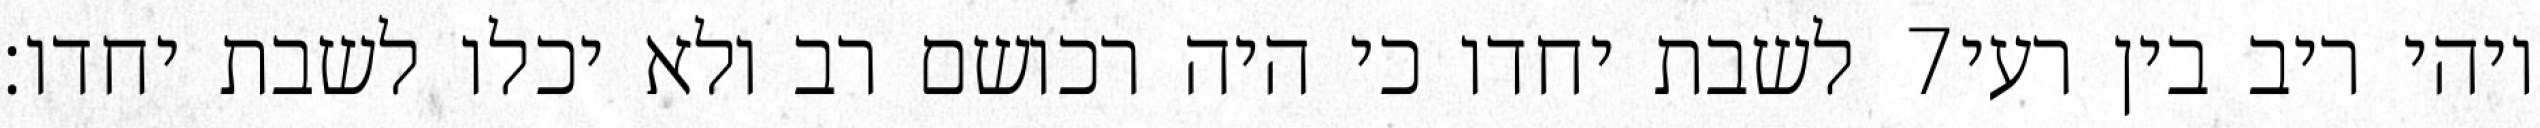
לשבת יחדו כי היה רכושם רב ולא יכלו לשבת יחדו׃ ‎7‏ ויהי ריב בין רעי